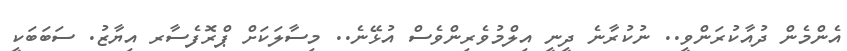
އެންމެން ދުއާކުރަންވީ.. ނުކުރާނެ ދީނީ އިލްމުވެރިންވެސް އުޅޭނެ.. މިސާލަކަށް ޕްރޮފެސާރ އިޔާޒު. ސަބަބަކީ